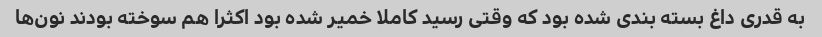
به قدری داغ بسته بندی شده بود که وقتی رسید کاملا خمیر شده بود اکثرا هم سوخته بودند نون‌ها